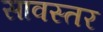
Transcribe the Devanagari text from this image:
सावस्तर